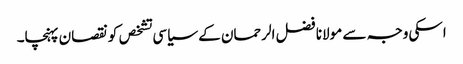
اسکی وجہ سے مولانا فضل الرحمان کے سیاسی تشخص کو نقصان پہنچا۔